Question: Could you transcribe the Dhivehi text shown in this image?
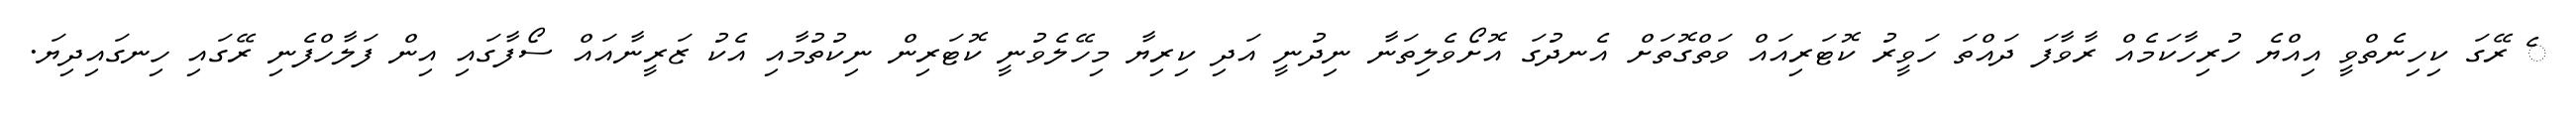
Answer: ެ ރޭގަ ކިހިނެތްވީ އިއްޔެ ހުރިހާކަމެއް ރާވާފަ ދައްތަ ހަވީރު ކޮޓަރިއައް ވަތްގޮތަށް އެނދުގަ އޮށޯވެލިތަނާ ނިދުނީ އަދި ކިރިޔާ މިހޭލެވުނީ ކޮޓަރިން ނިކުތުމާއި އެކު ޒަރީނާއައް ސޯފާގައި އިން ފަލާހްފެނި ރޭގައި ހިނގައިދިޔަ.